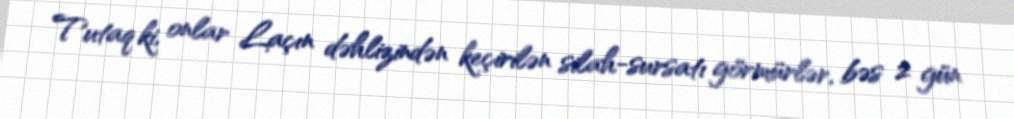
Tutaq ki, onlar Laçın dəhlizindən keçirilən silah-sursatı görmürlər, bəs 2 gün